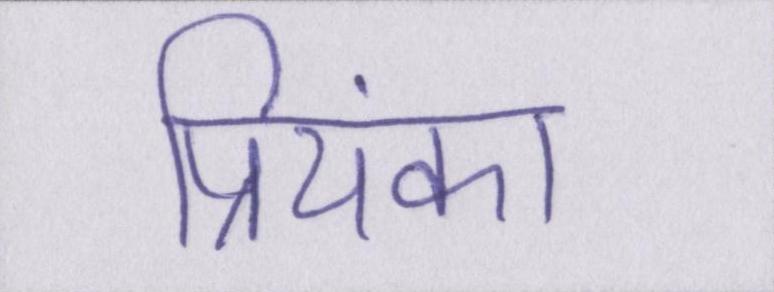
प्रियंका